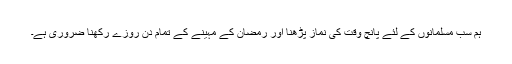
ہم سب مسلمانوں کے لئے پانچ وقت کی نماز پڑھنا اور رمضان کے مہینے کے تمام دن روزے رکھنا ضروری ہے۔